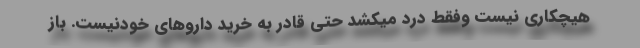
هیچکاری نیست وفقط درد میکشد حتی قادر به خرید داروهای خودنیست. باز